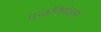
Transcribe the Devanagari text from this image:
तळनियंत्रक